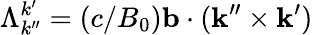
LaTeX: \Lambda_{k^{\prime\prime}}^{k^{\prime}}=(c/B_{0})\mathbf{b}\cdot(\mathbf{k}^{\prime\prime}\times\mathbf{k}^{\prime})